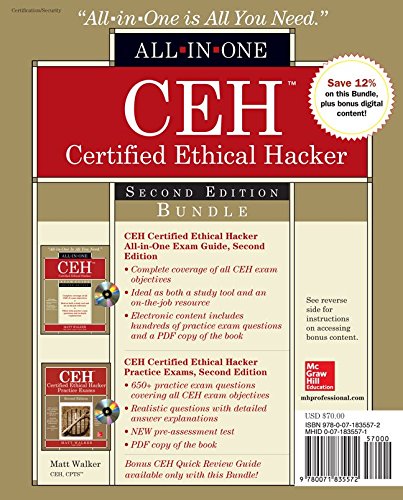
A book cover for CEH Certified Ethical Hacker Bundle, Second Edition (All-in-One); Matt Walker; Computers & Technology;